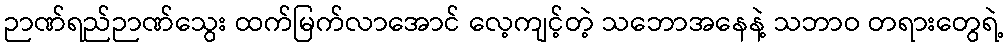
ဉာဏ်ရည်ဉာဏ်သွေး ထက်မြက်လာအောင် လေ့ကျင့်တဲ့ သဘောအနေနဲ့ သဘာဝ တရားတွေရဲ့